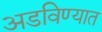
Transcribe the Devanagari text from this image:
अडविण्यात